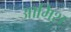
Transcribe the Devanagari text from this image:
आमिश